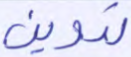
تدوين